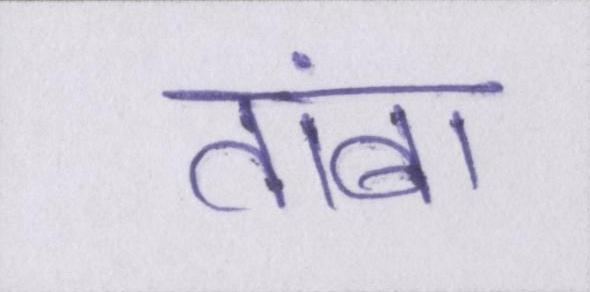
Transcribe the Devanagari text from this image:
तांबा